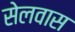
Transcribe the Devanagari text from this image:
सेलवास